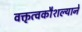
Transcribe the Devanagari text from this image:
वक्तृत्वकौशल्याने